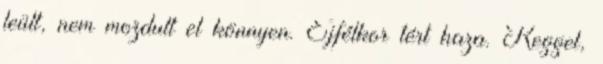
leült, nem mozdult el könnyen. Éjfélkor tért haza. Reggel,